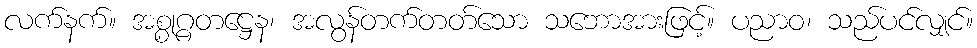
လက်နက်။ အစ္စုဂ္ဂတဋ္ဌေန၊ အလွန်တက်တတ်သော သဘောအားဖြင့်။ ပညာဝ၊ သည်ပင်လျှင်။